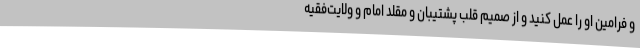
و فرامین او را عمل کنید و از صمیم قلب پشتیبان و مقلد امام و ولایت‌فقیه